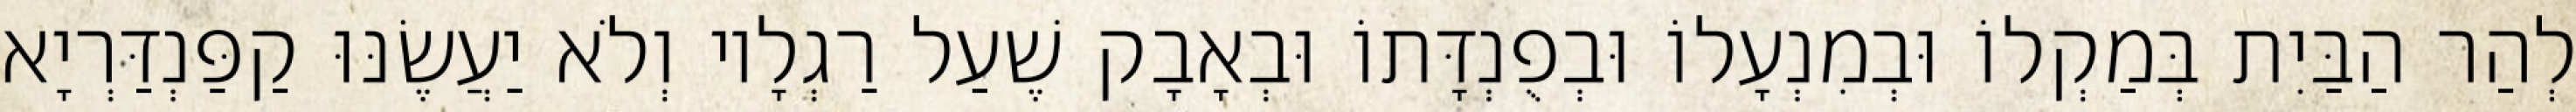
לְהַר הַבַּיִת בְּמַקְלוֹ וּבְמִנְעָלוֹ וּבְפֻנְדָּתוֹ וּבְאָבָק שֶׁעַל רַגְלָיו וְלֹא יַעֲשֶׂנּוּ קַפַּנְדַּרְיָא